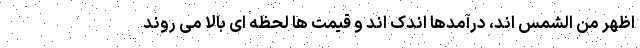
اظهر من الشمس اند، درآمدها اندک اند و قیمت ها لحظه ای بالا می روند